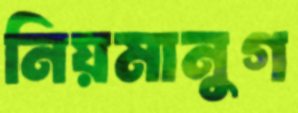
নিয়মানুগ